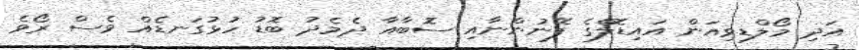
އަދި މޯލްޑިވިއަން އައިޑޮލްގެ ފޭނުންނާއި ސޮބާއާ ދެމެދު ބޮޑު ހުޅުގަނޑެއް ވެސް ރޯވެ